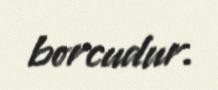
borcudur.